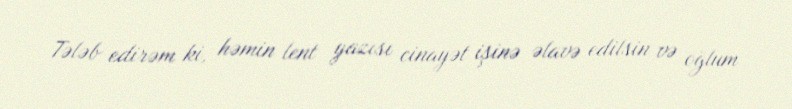
Tələb edirəm ki, həmin lent yazısı cinayət işinə əlavə edilsin və oğlum